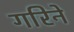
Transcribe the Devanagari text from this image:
गरिने